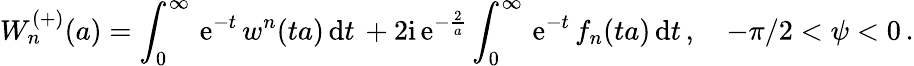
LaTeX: W_{n}^{(+)}(a)=\int_{0}^{\infty}\, \mathrm{e}^{-t}\, w^{n}(ta)\, \mathrm{d}t\, +{2\mathrm{i}}\, \mathrm{e}^{-{\frac{2}{a}}}\int_{0}^{\infty}\, \mathrm{e}^{-t}\, f_{n}(ta)\, \mathrm{d}t\, ,\quad-\pi/2<\psi<0\, .